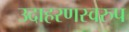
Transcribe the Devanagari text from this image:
उदाहरणस्‍वरुप